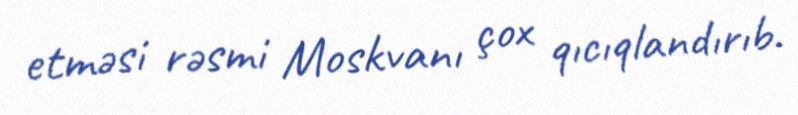
etməsi rəsmi Moskvanı çox qıcıqlandırıb.